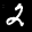
Label: 2